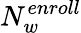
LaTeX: N_{w}^{enroll}